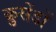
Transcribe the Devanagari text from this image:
क्रुसेंडों